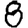
Digit: 8